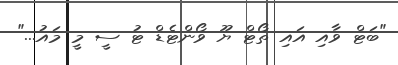
"ބަޓް ވާއި އައި ތޯޓް ޔޫ ވޯންޓެޑް ޓު ސީ މީ މައު..."